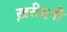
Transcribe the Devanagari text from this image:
ख़रीदनी